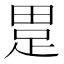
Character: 𤲊